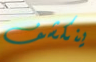
ينكشف